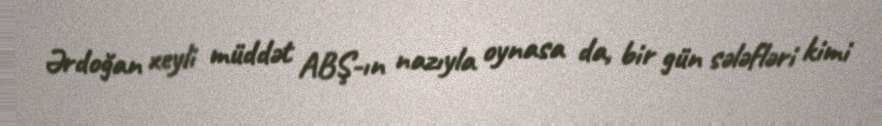
Ərdoğan xeyli müddət ABŞ-ın nazıyla oynasa da, bir gün sələfləri kimi